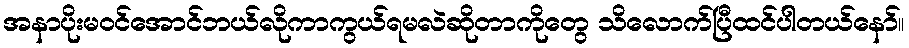
အနာပိုးမဝင်အောင်ဘယ်လိုကာကွယ်ရမလဲဆိုတာကိုတွေ သိလောက်ပြီထင်ပါတယ်နော်။